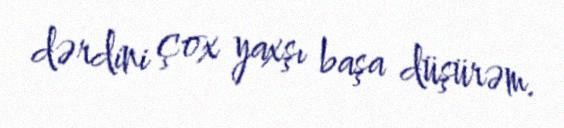
dərdini çox yaxşı başa düşürəm.